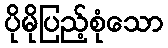
ပိုမိုပြည့်စုံသော